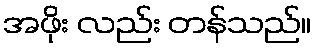
အဖိုး လည်း တန်သည်။